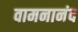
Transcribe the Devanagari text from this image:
वामनानंद